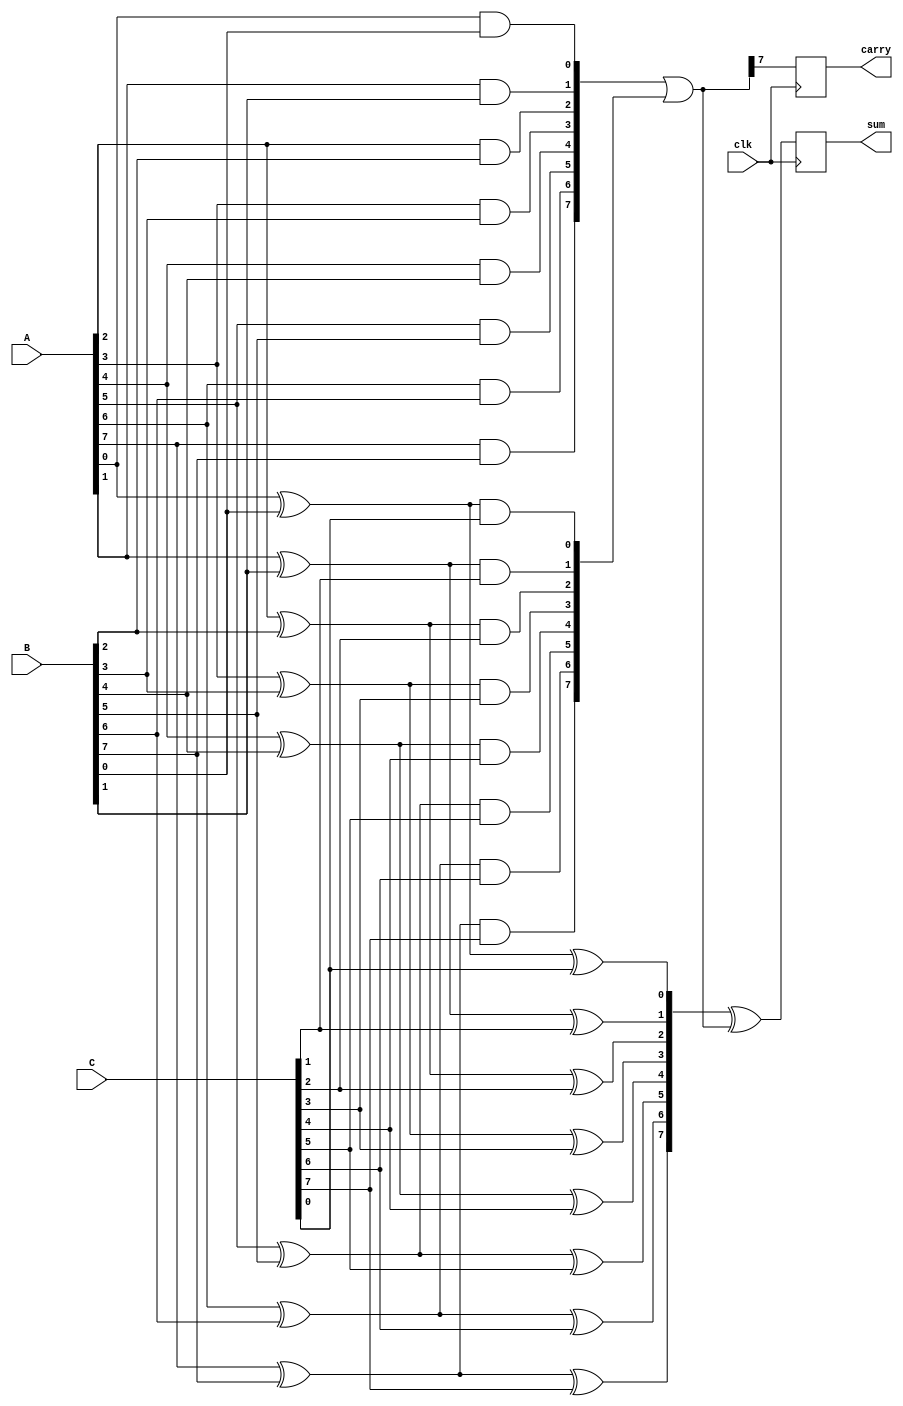
module CarrySaveAdder (
    input [N-1:0] A, // First input
    input [N-1:0] B, // Second input
    input [N-1:0] C, // Third input
    input clk,       // Clock signal for synchronous operations
    output reg [N-1:0] sum, // Final sum output
    output reg carry // Final carry output
);
    parameter N = 8; // Bit-width of the inputs

    // Intermediate signals for partial sums and carries
    wire [N-1:0] partial_sum1, partial_sum2;
    wire [N-1:0] carry1, carry2;

    // Generate partial sums and carries using half adders
    generate
        genvar i;
        for (i = 0; i < N; i = i + 1) begin : CSA_logic
            // Half adder for A and B
            assign partial_sum1[i] = A[i] ^ B[i];
            assign carry1[i] = A[i] & B[i];

            // Half adder for partial_sum1 and C
            assign partial_sum2[i] = partial_sum1[i] ^ C[i];
            assign carry2[i] = partial_sum1[i] & C[i];
        end
    endgenerate

    // Final carry accumulation
    wire [N-1:0] final_carry;
    assign final_carry = carry1 | carry2; // Combine carries

    // Final stage adder (Ripple Carry Adder or another CSA)
    always @(posedge clk) begin
        sum <= partial_sum2 ^ final_carry; // Final sum
        carry <= final_carry[N-1]; // Final carry (most significant bit)
    end

endmodule